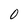
Character: 0